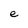
Character: e